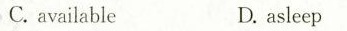
C.availableD. asleep